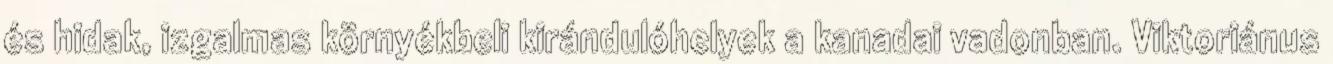
és hidak, izgalmas környékbeli kirándulóhelyek a kanadai vadonban. Viktoriánus